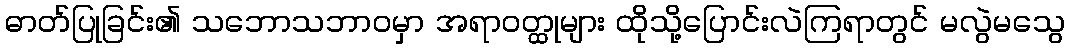
ဓာတ်ပြုခြင်း၏ သဘောသဘာဝမှာ အရာဝတ္ထုများ ထိုသို့ပြောင်းလဲကြရာတွင် မလွဲမသွေ